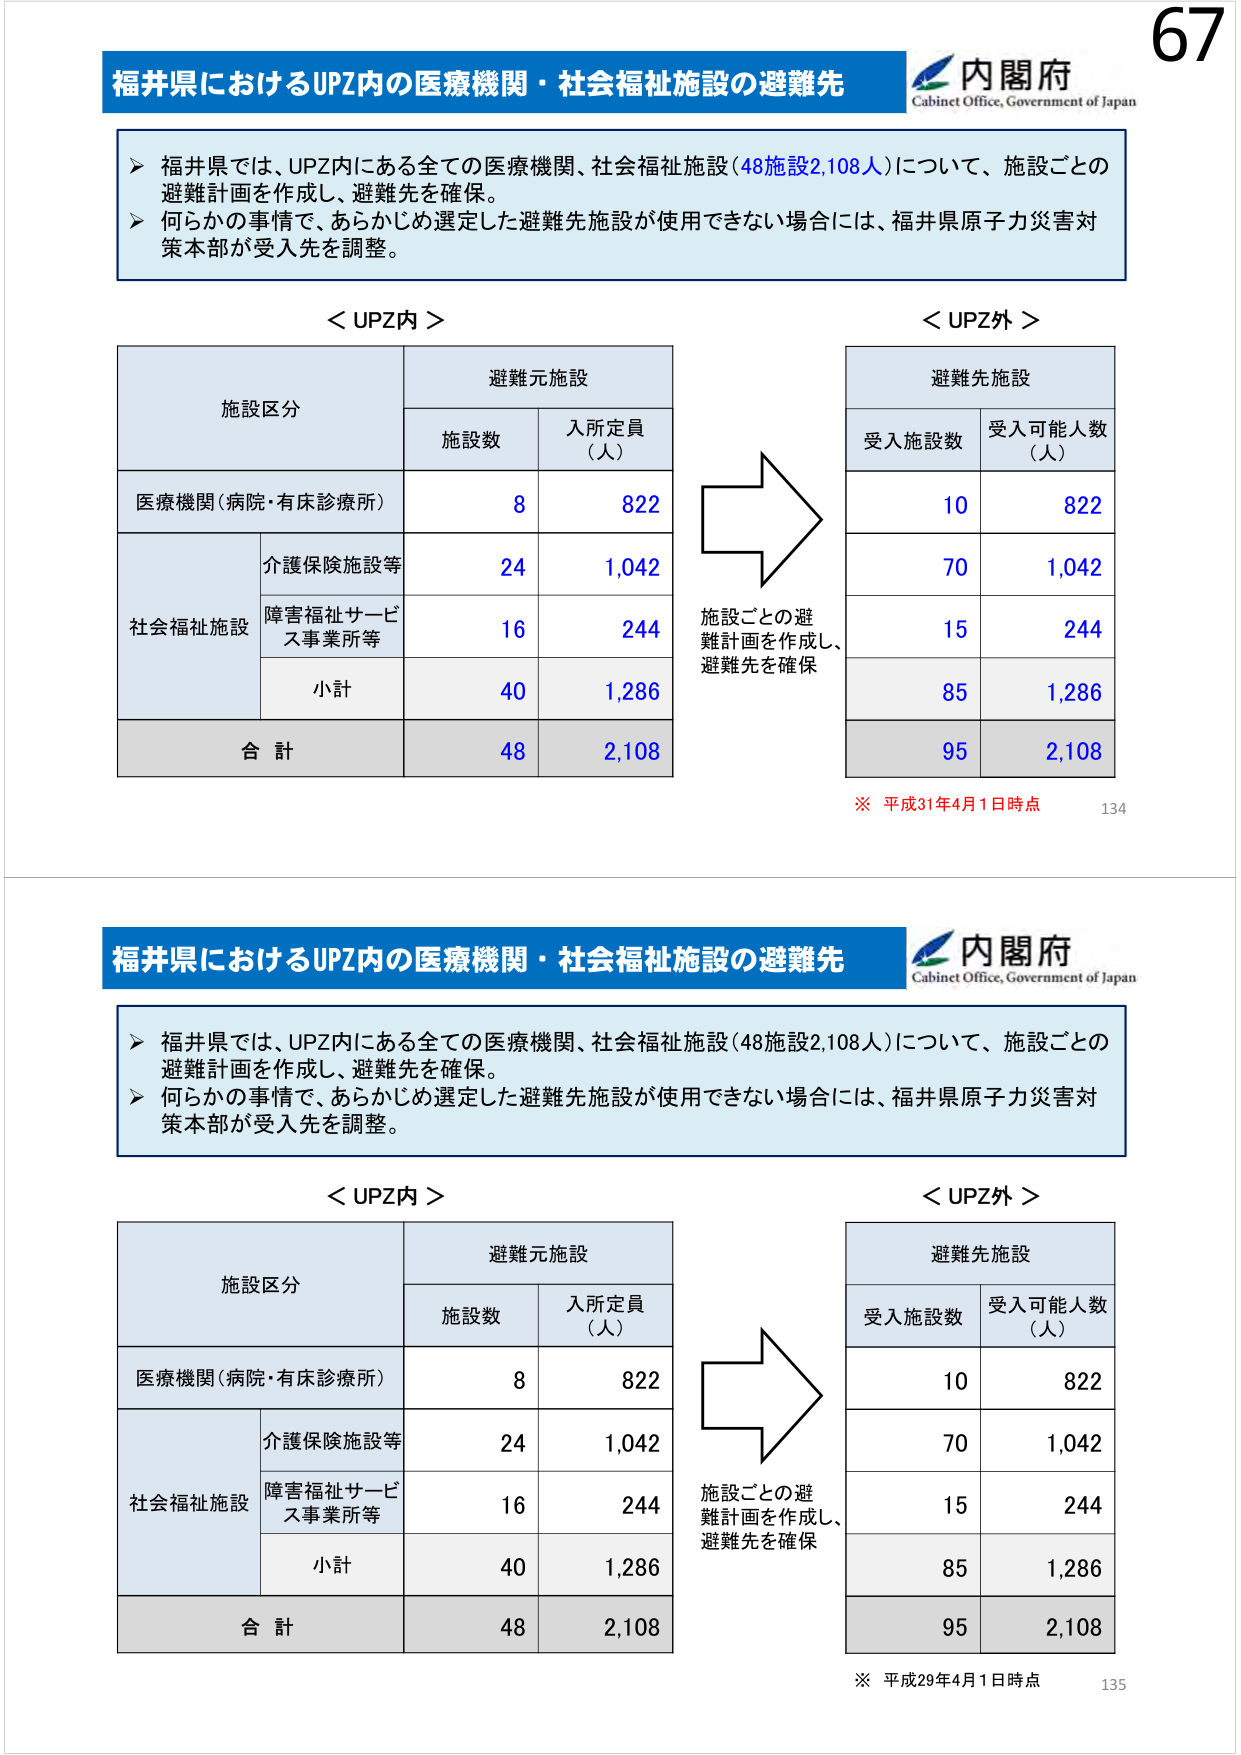
福井県におけるUPZ内の医療機関・社会福祉施設の避難先
内閣府
Cabinet Office, Government of Japan
▶ 福井県では、UPZ内にある全ての医療機関、社会福祉施設（48施設2,108人）について、施設ごとの避難計画を作成し、避難先を確保。
▶ 何らかの事情で、あらかじめ選定した避難先施設が使用できない場合には、福井県原子力災害対策本部が受入先を調整。
＜UPZ内＞
施設区分
避難元施設
施設数
入所定員（人）
医療機関（病院・有床診療所）
8
822
社会福祉施設
介護保険施設等
24
1,042
障害福祉サービス事業所等
16
244
小計
40
1,286
合計
48
2,108
＜UPZ外＞
避難先施設
受入施設数
受入可能人数（人）
10
822
70
1,042
15
244
85
1,286
95
2,108
施設ごとの避難計画を作成し、避難先を確保
※ 平成31年4月1日時点
134
福井県におけるUPZ内の医療機関・社会福祉施設の避難先
内閣府
Cabinet Office, Government of Japan
▶ 福井県では、UPZ内にある全ての医療機関、社会福祉施設（48施設2,108人）について、施設ごとの避難計画を作成し、避難先を確保。
▶ 何らかの事情で、あらかじめ選定した避難先施設が使用できない場合には、福井県原子力災害対策本部が受入先を調整。
＜UPZ内＞
施設区分
避難元施設
施設数
入所定員（人）
医療機関（病院・有床診療所）
8
822
社会福祉施設
介護保険施設等
24
1,042
障害福祉サービス事業所等
16
244
小計
40
1,286
合計
48
2,108
＜UPZ外＞
避難先施設
受入施設数
受入可能人数（人）
10
822
70
1,042
15
244
85
1,286
95
2,108
施設ごとの避難計画を作成し、避難先を確保
※ 平成29年4月1日時点
135
67